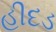
હીદડ